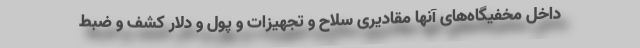
داخل مخفیگاه‌های آنها مقادیری سلاح و تجهیزات و پول و دلار کشف و ضبط